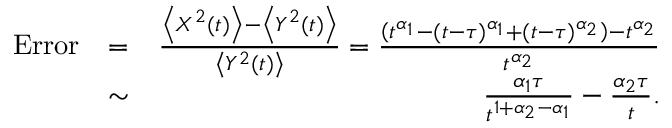
\begin{array} { r l r } { \mathrm { E r r o r } } & { = } & { \frac { \left< X ^ { 2 } ( t ) \right> - \left< Y ^ { 2 } ( t ) \right> } { \left< Y ^ { 2 } ( t ) \right> } = \frac { \left( t ^ { \alpha _ { 1 } } - ( t - \tau ) ^ { \alpha _ { 1 } } + ( t - \tau ) ^ { \alpha _ { 2 } } \right) - t ^ { \alpha _ { 2 } } } { t ^ { \alpha _ { 2 } } } } \\ & { \sim } & { \frac { \alpha _ { 1 } \tau } { t ^ { 1 + \alpha _ { 2 } - \alpha _ { 1 } } } - \frac { \alpha _ { 2 } \tau } { t } . } \end{array}